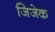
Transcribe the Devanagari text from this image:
जिजेक